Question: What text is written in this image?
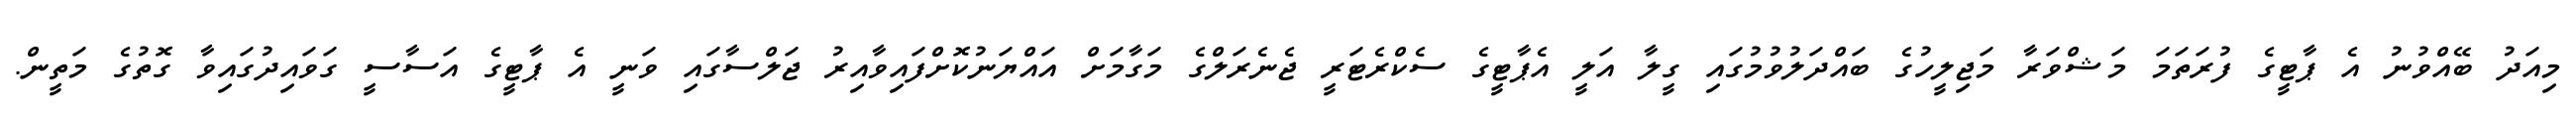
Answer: މިއަދު ބޭއްވުނު އެ ޕާޓީގެ ފުރަތަމަ މަޝްވަރާ މަޖިލީހުގެ ބައްދަލުވުމުގައި ގީލާ އަލީ އެޕާޓީގެ ސެކްރެޓަރީ ޖެނެރަލްގެ މަގާމަށް އައްޔަނުކޮށްފައިވާއިރު ޖަލްސާގައި ވަނީ އެ ޕާޓީގެ އަސާސީ ގަވައިދުގައިވާ ގޮތުގެ މަތީން.